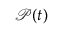
\mathcal { P } ( t )